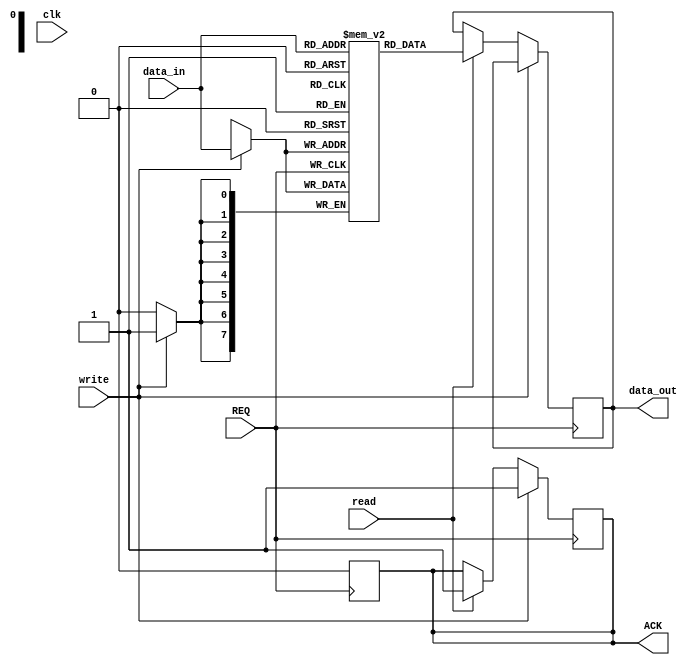
module MemoryBlock (
    input wire clk,               // Clock signal (not used for async, but for simulation)
    input wire REQ,              // Request signal from the controller
    input wire [7:0] data_in,    // Data input for write operation
    output reg [7:0] data_out,    // Data output for read operation
    output reg ACK,              // Acknowledge signal to the controller
    input wire read,             // Read operation signal
    input wire write             // Write operation signal
);
    reg [7:0] memory [0:255];    // Simple memory array (256 bytes)

    always @(posedge REQ) begin
        if (write) begin
            // Write operation
            memory[data_in[7:0]] <= data_in; // Assume data_in carries address
            ACK <= 1; // Acknowledge write
        end else if (read) begin
            // Read operation
            data_out <= memory[data_in[7:0]]; // Assume data_in carries address
            ACK <= 1; // Acknowledge read
        end
    end

    always @(negedge REQ) begin
        ACK <= 0; // Deassert ACK when REQ is deasserted
    end
endmodule